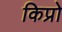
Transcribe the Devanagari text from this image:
किप्रो